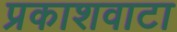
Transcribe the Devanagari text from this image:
प्रकाशवाटा